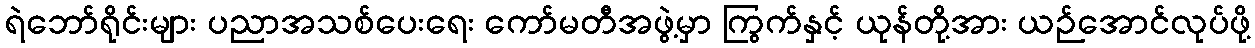
ရဲဘော်ရိုင်းများ ပညာအသစ်ပေးရေး ကော်မတီအဖွဲ့မှာ ကြွက်နှင့် ယုန်တို့အား ယဉ်အောင်လုပ်ဖို့